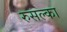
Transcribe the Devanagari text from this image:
रुसल्का